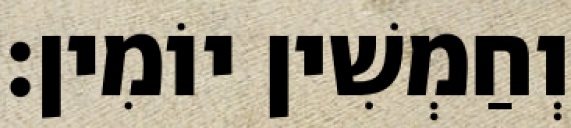
וְחַמְשִׁין יוֹמִין׃